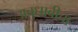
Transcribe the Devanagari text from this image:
अबुधाबीचा